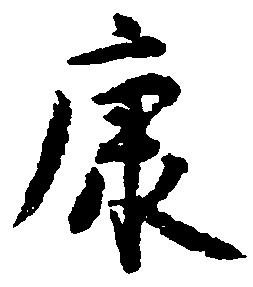
康